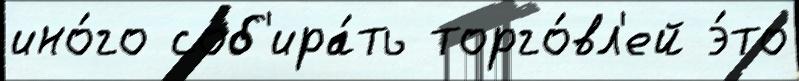
ино́го соб'ира́ть торго́вл'ей э́то